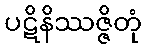
ပဋိနိဿဇ္ဇိတုံ